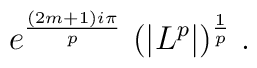
e^{\frac{(2m+1)i\pi}{p}}\ (|L^p|)^{\frac{1}{p}}\ .